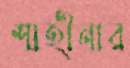
শাহীনার